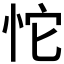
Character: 𰑏